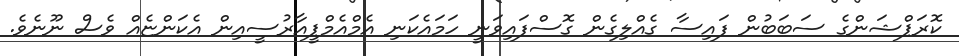
ކޮރަޕްޝަންގެ ސަބަބުން ފައިސާ ގެއްލިގެން ގޮސްފައިވަނީ ހަމައެކަނި އެމްއެމްޕީއާރުސީއިން އެކަންޏެއް ވެސް ނޫނެވެ.